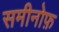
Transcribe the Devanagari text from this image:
समीनोफ़